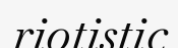
riotistic